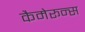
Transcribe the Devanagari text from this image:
कैमेरून्स